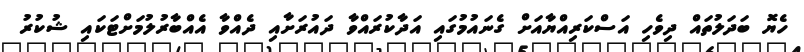
ހެޔޮ ބަދަލުތައް ދިވެހި އަސްކަރިއްޔާއަށް ގެނައުމުގައި އަދާކުރައްވާ ދައުރަށާއި ދެއްވާ އެއްބާރުލުމަށްޓަކައި ޝުކުރު